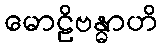
မောဠိဗန္ဓာဟိ